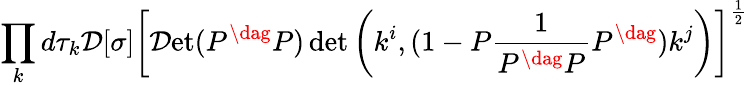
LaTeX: \displaystyle\prod_{k}d\tau_{k}{\cal D}[\sigma]\left[{\cal D}\mathrm{et}(P^{\dag}P)\operatorname*{det}\left(k^{i},(1-P\frac{1}{P^{\dag}P}P^{\dag})k^{j}\right)\right]^{\frac{1}{2}}